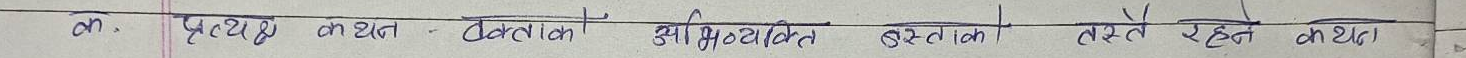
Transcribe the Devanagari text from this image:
ओ, प्रत्यक्ष कथन -  Direct  उभि  व्यक्ति संकेत रहने कथन